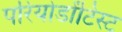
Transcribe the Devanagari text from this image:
परियोडोंटिस्ट